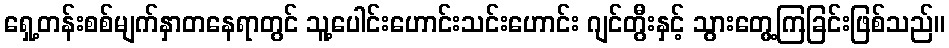
ရှေ့တန်းစစ်မျက်နှာတနေရာတွင် သူ့ပေါင်းဟောင်းသင်းဟောင်း ဂျင်တွီးနှင့် သွားတွေ့ကြခြင်းဖြစ်သည်။